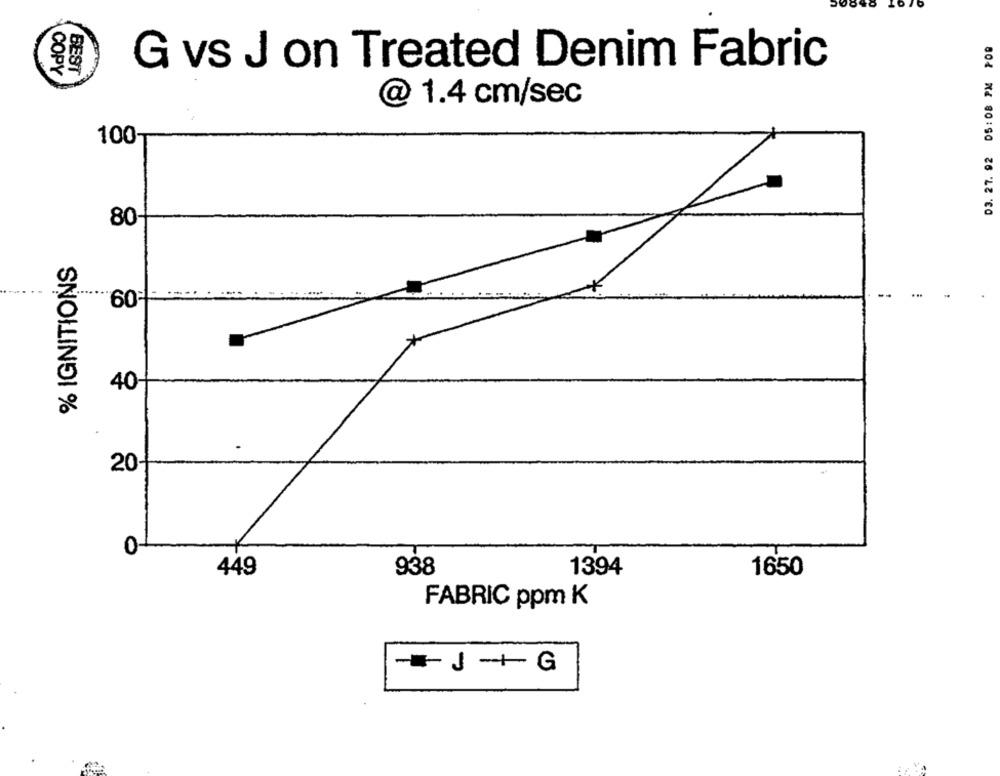
03. 27. 92 05: 08 PM POR
G vs J on Treated Denim Fabric
COPY
BEST
@ 1.4 cm/sec
100-
80-
% IGNITIONS
.....
-.
60
40-
20-
0
449
938
1394
1650
FABRIC ppm K
-- J +G